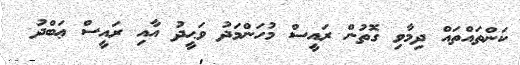
ކަންތައްތައް ދިމާވި ގޮތުން ރައީސް މުހަންމަދު ވަޙީދު އާއި ރައީސް ޢަބްދު